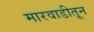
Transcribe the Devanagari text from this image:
मारवाडीतून